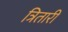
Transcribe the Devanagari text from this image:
त्रितारी